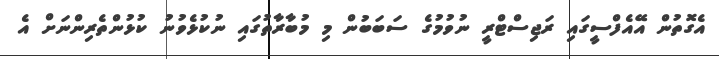
އެގޮތުން އޭއެފްސީގައި ރަޖިސްޓްރީ ނުވުމުގެ ސަބަބުން މި މުބާރާތުގައި ނުކުޅެވުނު ކުޅުންތެރިންނަށް އެ